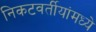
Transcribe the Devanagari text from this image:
निकटवर्तीयांमध्ये